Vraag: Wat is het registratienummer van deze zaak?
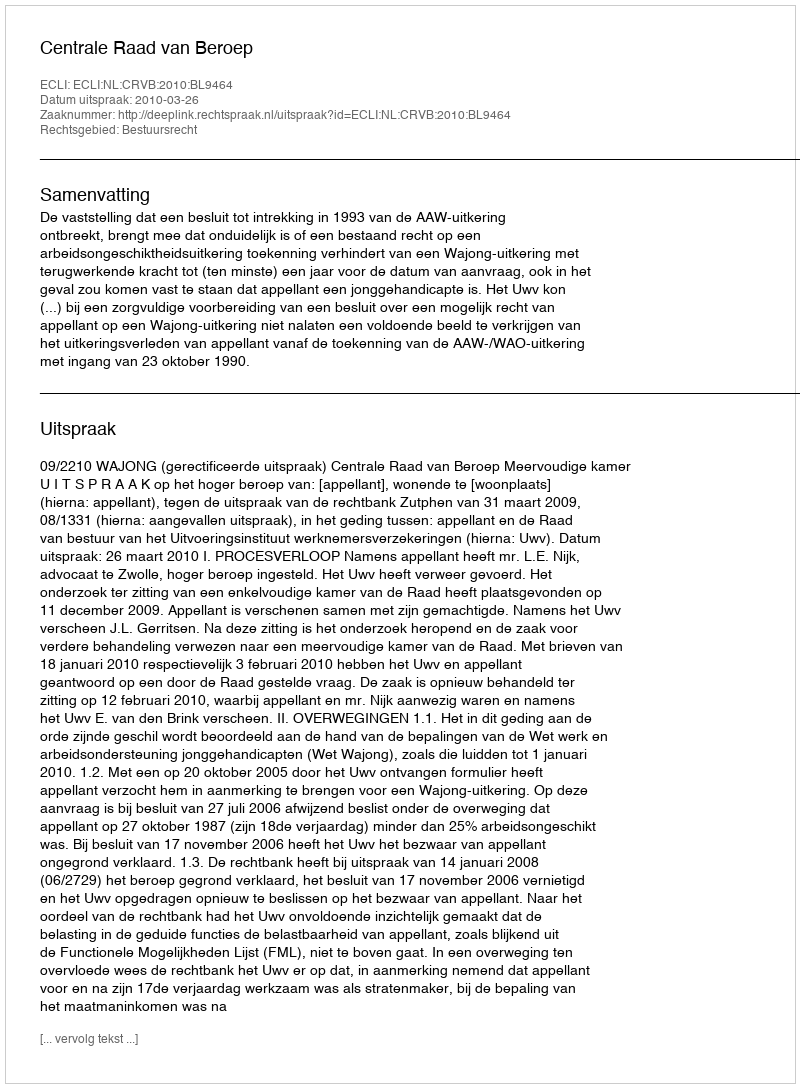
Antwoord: http://deeplink.rechtspraak.nl/uitspraak?id=ECLI:NL:CRVB:2010:BL9464